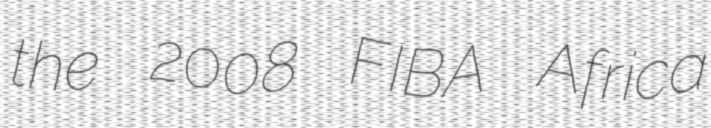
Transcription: the 2008 FIBA Africa